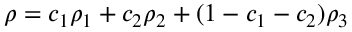
\rho = c _ { 1 } \rho _ { 1 } + c _ { 2 } \rho _ { 2 } + ( 1 - c _ { 1 } - c _ { 2 } ) \rho _ { 3 }